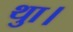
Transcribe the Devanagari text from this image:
थाु।